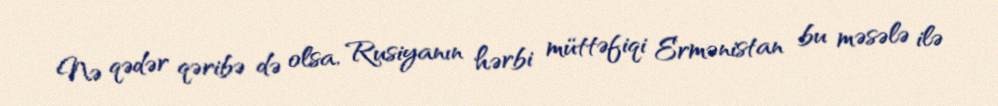
Nə qədər qəribə də olsa, Rusiyanın hərbi müttəfiqi Ermənistan bu məsələ ilə